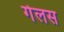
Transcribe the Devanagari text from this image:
गेलस